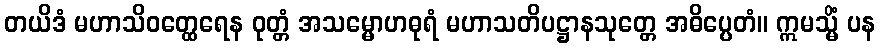
တယိဒံ မဟာသိဝတ္ထေရေန ဝုတ္တံ အသမ္မောဟဓုရံ မဟာသတိပဋ္ဌာနသုတ္တေ အဓိပ္ပေတံ။ ဣမသ္မိံ ပန